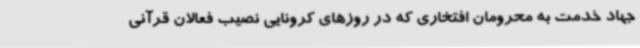
جهاد خدمت به محرومان افتخاری که در روزهای کرونایی نصیب فعالان قرآنی